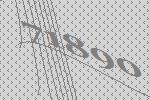
71890